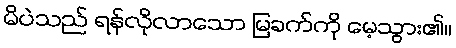
မိပဲသည် ရန်လိုလာသော မြခက်ကို မေ့သွား၏။